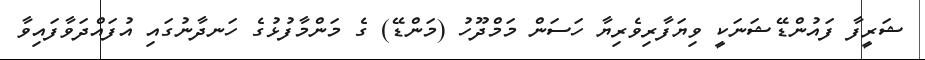
ޝަރީފާ ފައުންޑޭޝަނަކީ ވިޔަފާރިވެރިޔާ ހަސަން މަމްދޫހު (މަންޑޭ) ގެ މަންމާފުޅުގެ ހަނދާނުގައި އުފައްދަވާފައިވާ